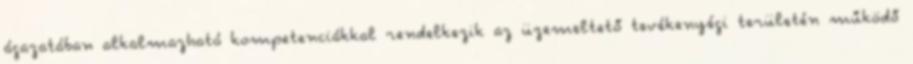
ágazatában alkalmazható kompetenciákkal rendelkezik az üzemeltető tevékenyégi területén működő